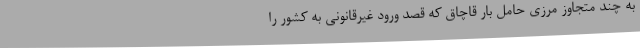
به چند متجاوز مرزی حامل بار قاچاق که قصد ورود غیرقانونی به کشور را